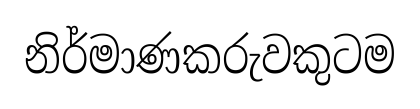
නිර්මාණකරුවකුටම